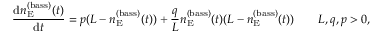
\frac { \mathop { } \! { \mathrm d } n _ { \mathrm { E } } ^ { ( \mathrm { b a s s } ) } ( t ) } { \mathop { } \! { \mathrm d } t } = p ( L - n _ { \mathrm { E } } ^ { ( \mathrm { b a s s } ) } ( t ) ) + \frac { q } { L } n _ { \mathrm { E } } ^ { ( \mathrm { b a s s } ) } ( t ) ( L - n _ { \mathrm { E } } ^ { ( \mathrm { b a s s } ) } ( t ) ) \qquad L , q , p > 0 ,